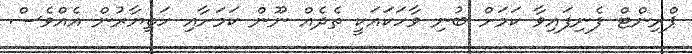
ޕްރިންޓް ފެނިފައިވާ ކަމަށް ބުނި ވާހަކައަކީ ތެދެއް ނޫން ކަމަށާއި ހަތިޔާރުން އެއްވެސް